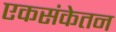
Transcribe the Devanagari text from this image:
एकसंकेतन